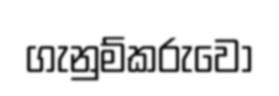
ගැනුම්කරුවෝ